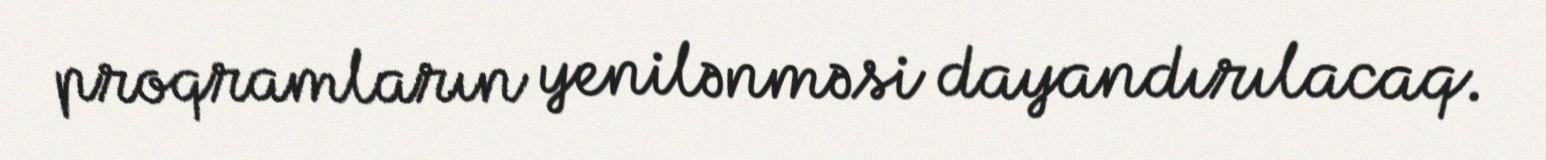
proqramların yenilənməsi dayandırılacaq.